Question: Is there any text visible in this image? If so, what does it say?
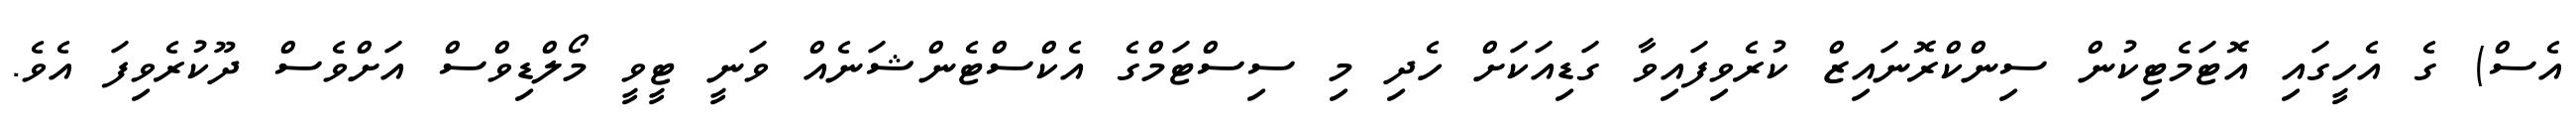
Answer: އެސް) ގެ އެހީގައި އޮޓަމެޓިކުން ސިންކްރޮނައިޒް ކުރެވިފައިވާ ގަޑިއަކަށް ހެދި މި ސިސްޓަމްގެ އެކްސްޓެންޝަނެއް ވަނީ ޓީވީ މޯލްޑިވްސް އަށްވެސް ދޫކުރެވިފަ އެވެ.